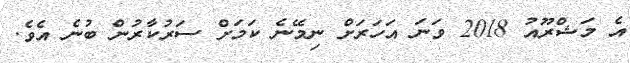
އެ މަޝްރޫއު 2018 ވަނަ އަހަރަށް ނިމޭނެ ކަމަށް ސަރުކާރުން ބުނެ އެވެ.